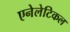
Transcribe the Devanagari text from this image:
एनेलेटिकल